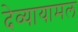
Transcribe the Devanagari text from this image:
देव्यायामल